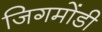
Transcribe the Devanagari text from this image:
जिगमोंडी